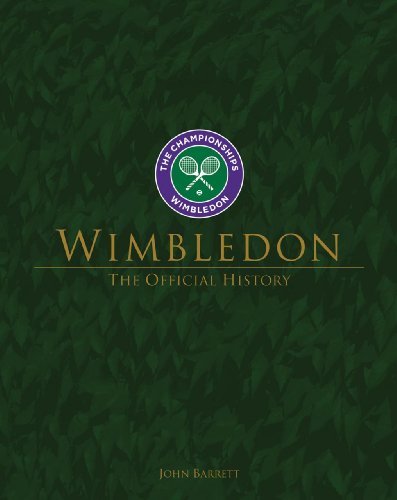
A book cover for Wimbledon: The Official History; John Barrett; Sports & Outdoors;